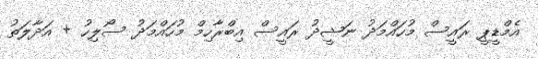
އެމްޑީޕީ ރައީސް މުހައްމަދު ނަޝީދު ރައީސް އިބްރާހިމް މުހައްމަދު ސޯލިހު + އަދާލަތު